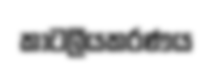
කාටලීයකරණය